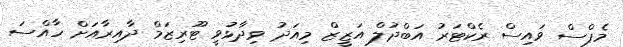
މެޕްސް ވައިސް ރެކްޓަރު އަބްދުލް އަޒީޒް މިއަދު ވިދާޅުވީ ޓޫރިޒަމް ދާއިރާއަށް ހާއްސަ